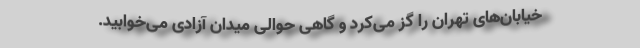
خیابان‌های تهران را گز می‌کرد و گاهی حوالی میدان آزادی می‌خوابید.